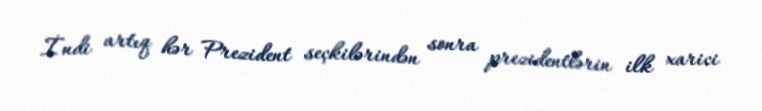
İndi artıq hər Prezident seçkilərindən sonra prezidentlərin ilk xarici